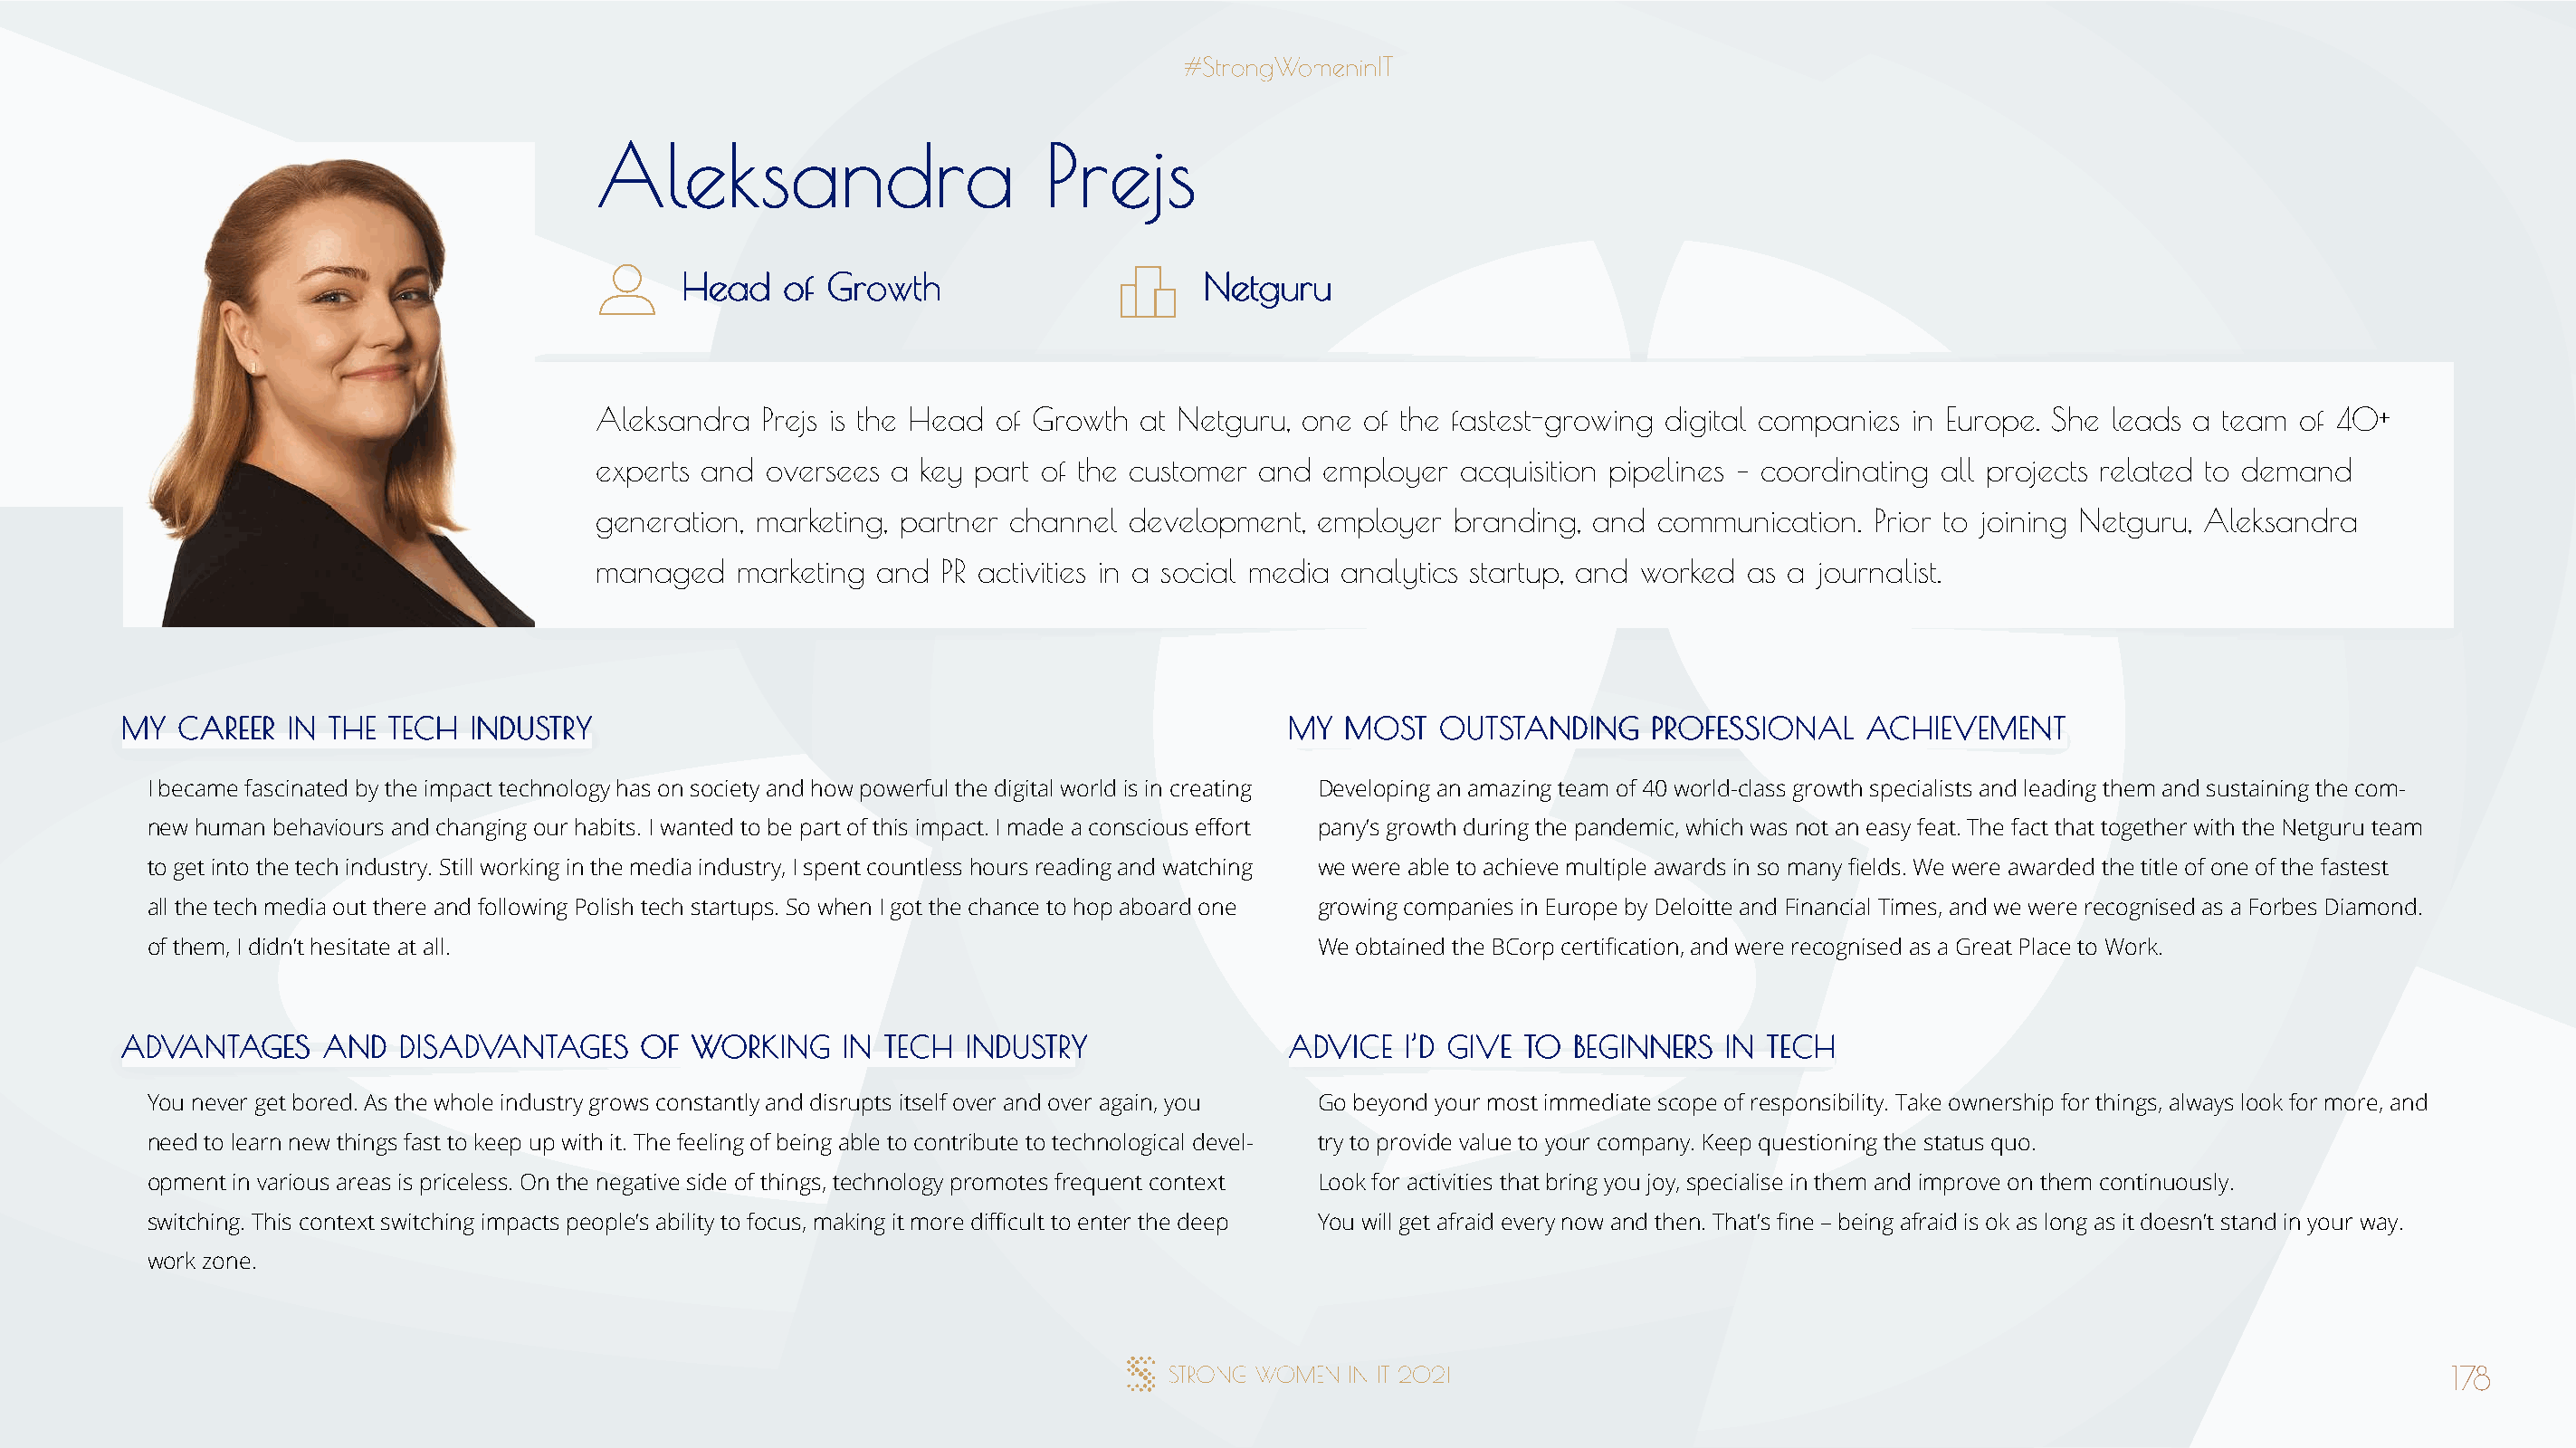
AAlleekkssaannddrraa            PPrreejjss
 HHeeaadd ooff GGrroowwtthh            NNeettgguurruu
 Aleksandra  Prejs is the Head of Growth at Netguru, one of the fastest-growing digital companies in Europe. She leads a team of 40+
 experts and oversees a key part of the customer and  employer  acquisition pipelines – coordinating all projects related to demand
 generation, marketing, partner channel development, employer  branding,  and communication.  Prior to joining Netguru, Aleksandra
 managed   marketing and  PR activities in a social media analytics startup, and worked as a journalist.
 MMYY CCAARREEEERR IINN TTHHEE TTEECCHH IINNDDUUSSTTRRYY                              MMYY MMOOSSTT OOUUTTSSTTAANNDDIINNGG PPRROOFFEESSSSIIOONNAALL AACCHHIIEEVVEEMMEENNTT
 I became fascinated by the impact technology has on society and how powerful the digital world is in creating Developing an amazing team of 40 world-class growth specialists and leading them and sustaining the com-
 new human behaviours and changing our habits. I wanted to be part of this impact. I made a conscious effort pany’s growth during the pandemic, which was not an easy feat. The fact that together with the Netguru team
 to get into the tech industry. Still working in the media industry, I spent countless hours reading and watching we were able to achieve multiple awards in so many fields. We were awarded the title of one of the fastest
 all the tech media out there and following Polish tech startups. So when I got the chance to hop aboard one growing companies in Europe by Deloitte and Financial Times, and we were recognised as a Forbes Diamond.
 of them, I didn’t hesitate at all.                                                   We obtained the BCorp certification, and were recognised as a Great Place to Work.
 AADDVVAANNTTAAGGEESS AANNDD DDIISSAADDVVAANNTTAAGGEESS OOFF WWOORRKKIINNGG IINN TTEECCHH IINNDDUUSSTTRRYY AADDVVIICCEE II’’DD GGIIVVEE TTOO BBEEGGIINNNNEERRSS IINN TTEECCHH
 You never get bored. As the whole industry grows constantly and disrupts itself over and over again, you Go beyond your most immediate scope of responsibility. Take ownership for things, always look for more, and
 need to learn new things fast to keep up with it. The feeling of being able to contribute to technological devel- try to provide value to your company. Keep questioning the status quo.
 opment in various areas is priceless. On the negative side of things, technology promotes frequent context Look for activities that bring you joy, specialise in them and improve on them continuously.
 switching. This context switching impacts people’s ability to focus, making it more difficult to enter the deep You will get afraid every now and then. That’s fine – being afraid is ok as long as it doesn’t stand in your way.
 work zone.
 178